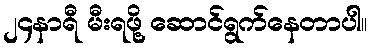
၂၄နာရီ မီးရဖို့ ဆောင်ရွက်နေတာပါ။